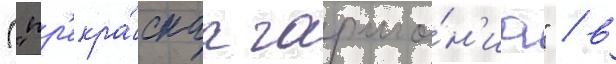
("пр'екра́снаа гармо́н'иа" / в